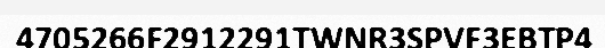
4705266F2912291TWNR3SPVF3EBTP4